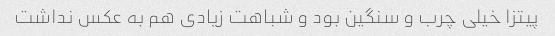
پیتزا خیلی چرب و سنگین بود و شباهت زیادی هم به عکس نداشت